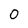
Character: 0